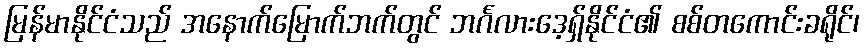
မြန်မာနိုင်ငံသည် အနောက်မြောက်ဘက်တွင် ဘင်္ဂလားဒေ့ရှ်နိုင်ငံ၏ စစ်တကောင်းခရိုင်၊